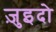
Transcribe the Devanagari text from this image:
ज़ुइदो